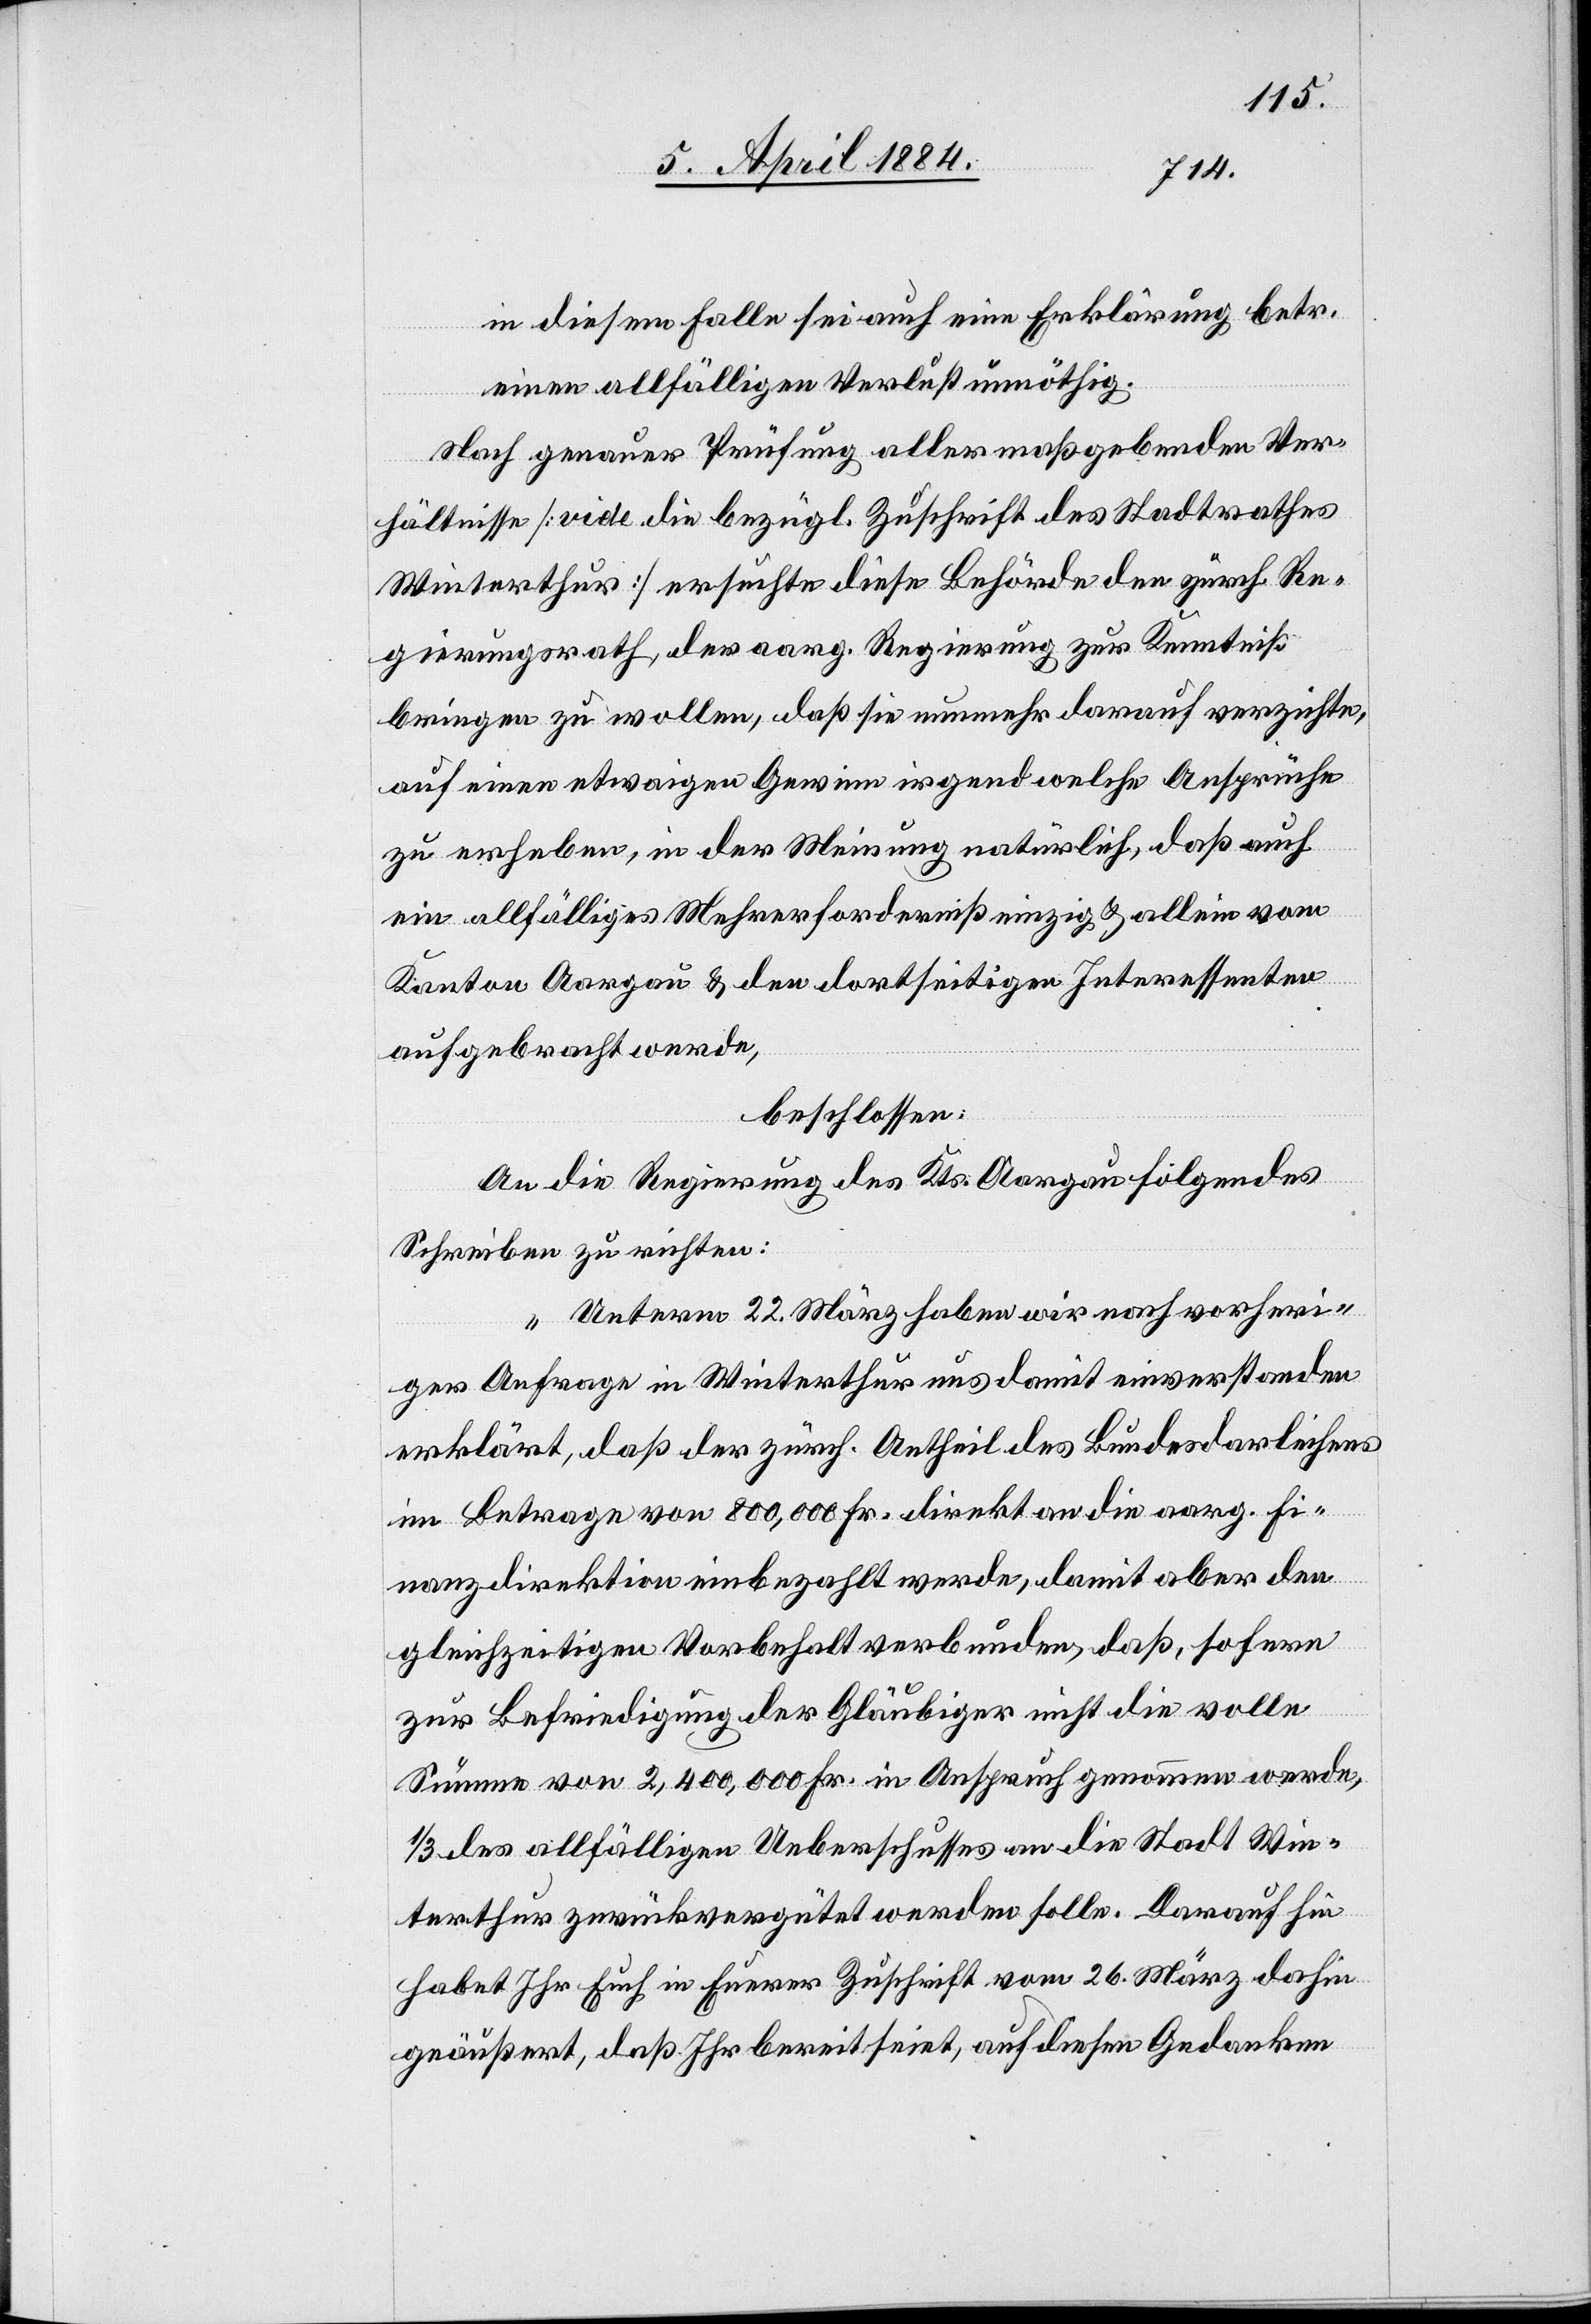
in diesem Falle sei auch eine Erklärung betr.
einen allfälligen Verlust unnöthig.
Nach genauer Prüfung aller maßgebenden Ver¬
hältnisse [vide die bezügl. Zuschrift des Stadtrathes
Winterthur] ersuchte diese Behörde den zürch. Re¬
gierungsrath, der aarg. Regierung zur Kenntniß
bringen zu wollen, daß sie nunmehr darauf verzichte,
auf einen etwaigen Gewinn irgend welche Ansprüche
zu erheben, in der Meinung natürlich, daß auch
ein allfälliges Mehrerforderniß einzig & allein vom
Kanton Aargau & den dortseitigen Interessenten
aufgebracht werde,
beschlossen:
An die Regierung des Kts. Aargau folgendes
Schreiben zu richten:
„Unterm 22. März haben wir nach vorheri¬
ger Anfrage in Winterthur uns damit einverstanden
erklärt, daß der zürch. Antheil des Bundesdarleihens
im Betrage von 800,000 Fr. direkt an die aarg. Fi¬
nanzdirektion einbezahlt werde, damit aber den
gleichzeitigen Vorbehalt verbunden, daß sofern
zur Befriedigung der Gläubiger nicht die volle
Summe von 2,400,000 Fr. in Anspruch genommen werde,
1/3 des allfälligen Ueberschusses an die Stadt Win¬
terthur zurückvergütet werden solle. Darauf hin
habet Ihr Euch in Eurer Zuschrift vom 26. März dahin
geäußert, daß Ihr bereit seiet, auf diesen Gedanken